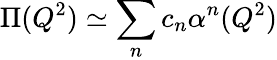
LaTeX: \Pi(Q^{2})\simeq\sum_{n}c_{n}\alpha^{n}(Q^{2})